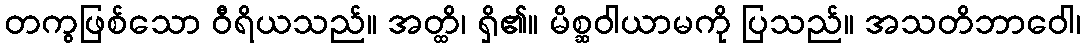
တကွဖြစ်သော ဝီရိယသည်။ အတ္ထိ၊ ရှိ၏။ မိစ္ဆဝါယာမကို ပြသည်။ အသတိဘာဝေါ၊